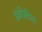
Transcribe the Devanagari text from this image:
इंक्रीमेंटल